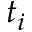
t _ { i }